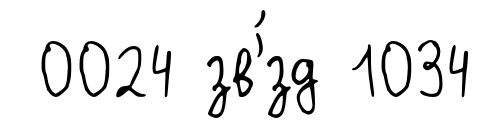
0024 зв'́зд 1034